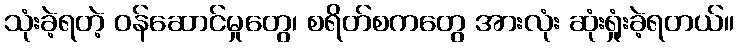
သုံးခဲ့ရတဲ့ ဝန်ဆောင်မှုတွေ၊ စရိတ်စကတွေ အားလုံး ဆုံးရှုံးခဲ့ရတယ်။